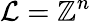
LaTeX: {\mathcal{L}}=\mathbb{Z}^{n}